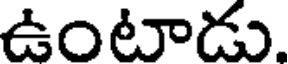
ఉంటాడు.